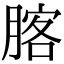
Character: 𦝣